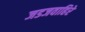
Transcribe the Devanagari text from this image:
जडजवाहिरे